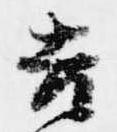
吉